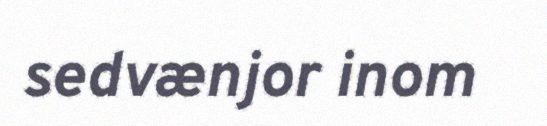
sedvænjor inom